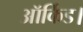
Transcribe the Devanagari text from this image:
ऑर्किड।